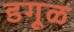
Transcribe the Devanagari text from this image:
डगूळ